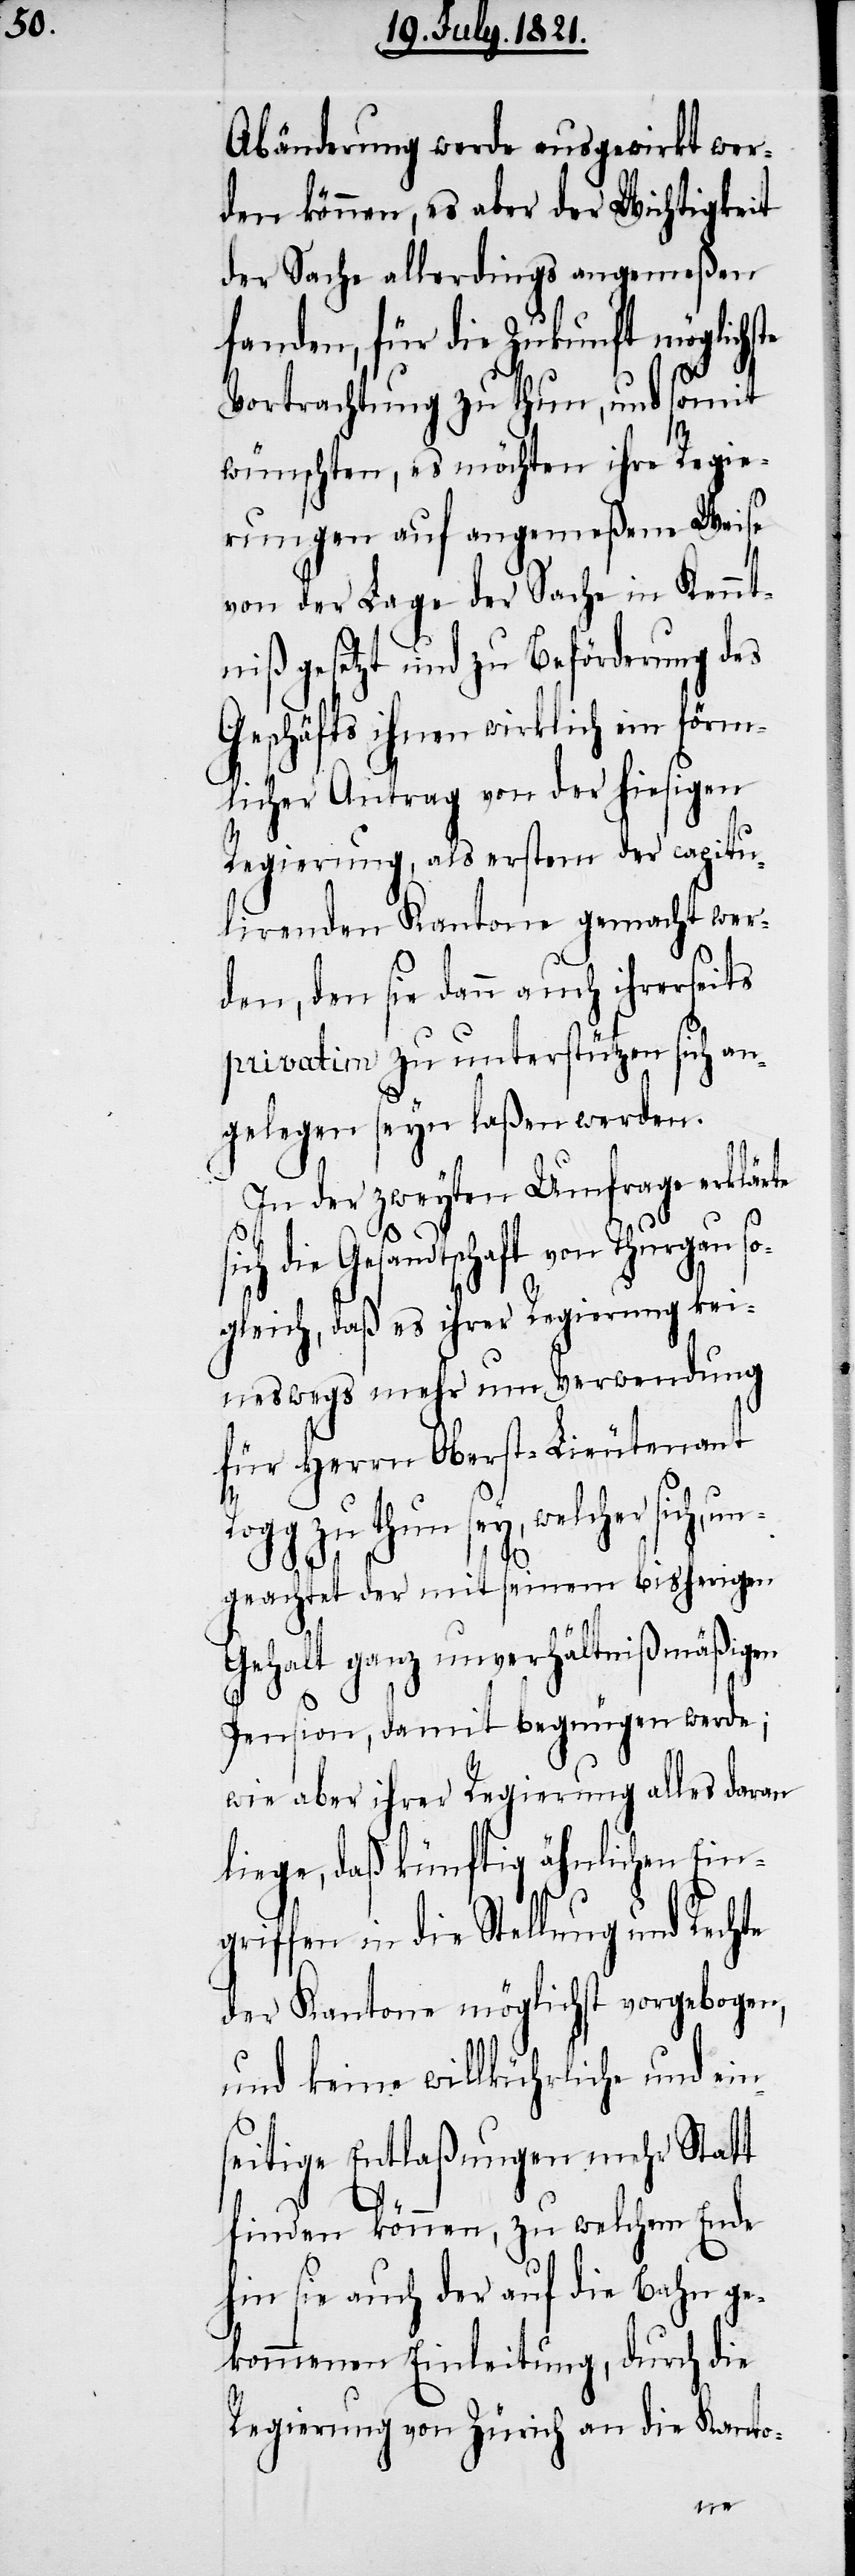
Abänderung werde ausgewirkt wer¬
den können, es aber der Wichtigkeit
der Sache allerdings angemeßen
fanden, für die Zukunft möglichste
Vortrachtung zu thun, und somit
wünschten, es möchten ihre Regie¬
rungen auf angemeßene Weise
von der Lage der Sache in Kennt¬
niß gesetzt und zu Beförderung des
Geschäfts ihnen wirklich ein förm¬
licher Antrag von der hiesigen
Regierung, als erstem der capitu¬
lirenden Kantone gemacht wer¬
den, den sie dann auch ihrerseits
privatim zu unterstützen sich an¬
gelegen seyn laßen werden.
In der zweyten Umfrage erklärte
die Gesandtschaft von Thurgau s¬
ogleich, daß es ihrer Regierung kei¬
neswegs mehr um Verwendung
für Herrn Oberst-Lieutenant
zu thun sey, welcher sich,
ungeachtet der mit seinem bisherigen
Gehalt ganz unverhältnißmäßigen
Pension, damit begnügen werde;
wie aber ihrer Regierung alles daran
liege, daß künftig ähnlichen Ein¬
griffen in die Stellung und Rechte
der Kantone möglichst vorgebogen,
und keine willkührliche und ein¬
seitige Entlaßungen mehr Statt
finden können, zu welchem Ende
hin sie auch der auf die Bahn ge¬
kommenen Einleitung, durch die
Regierung von Zürich an die Kanto-